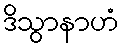
ဒိသွာနာဟံ